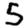
Digit: 5